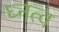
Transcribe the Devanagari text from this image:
घ्नत्व